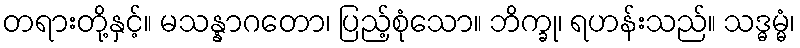
တရားတို့နှင့်။ မသန္နာဂတော၊ ပြည့်စုံသော။ ဘိက္ခု၊ ရဟန်းသည်။ သဒ္ဓမ္မံ၊